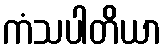
ကံသပါတိယာ